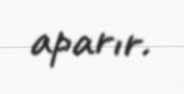
aparır.